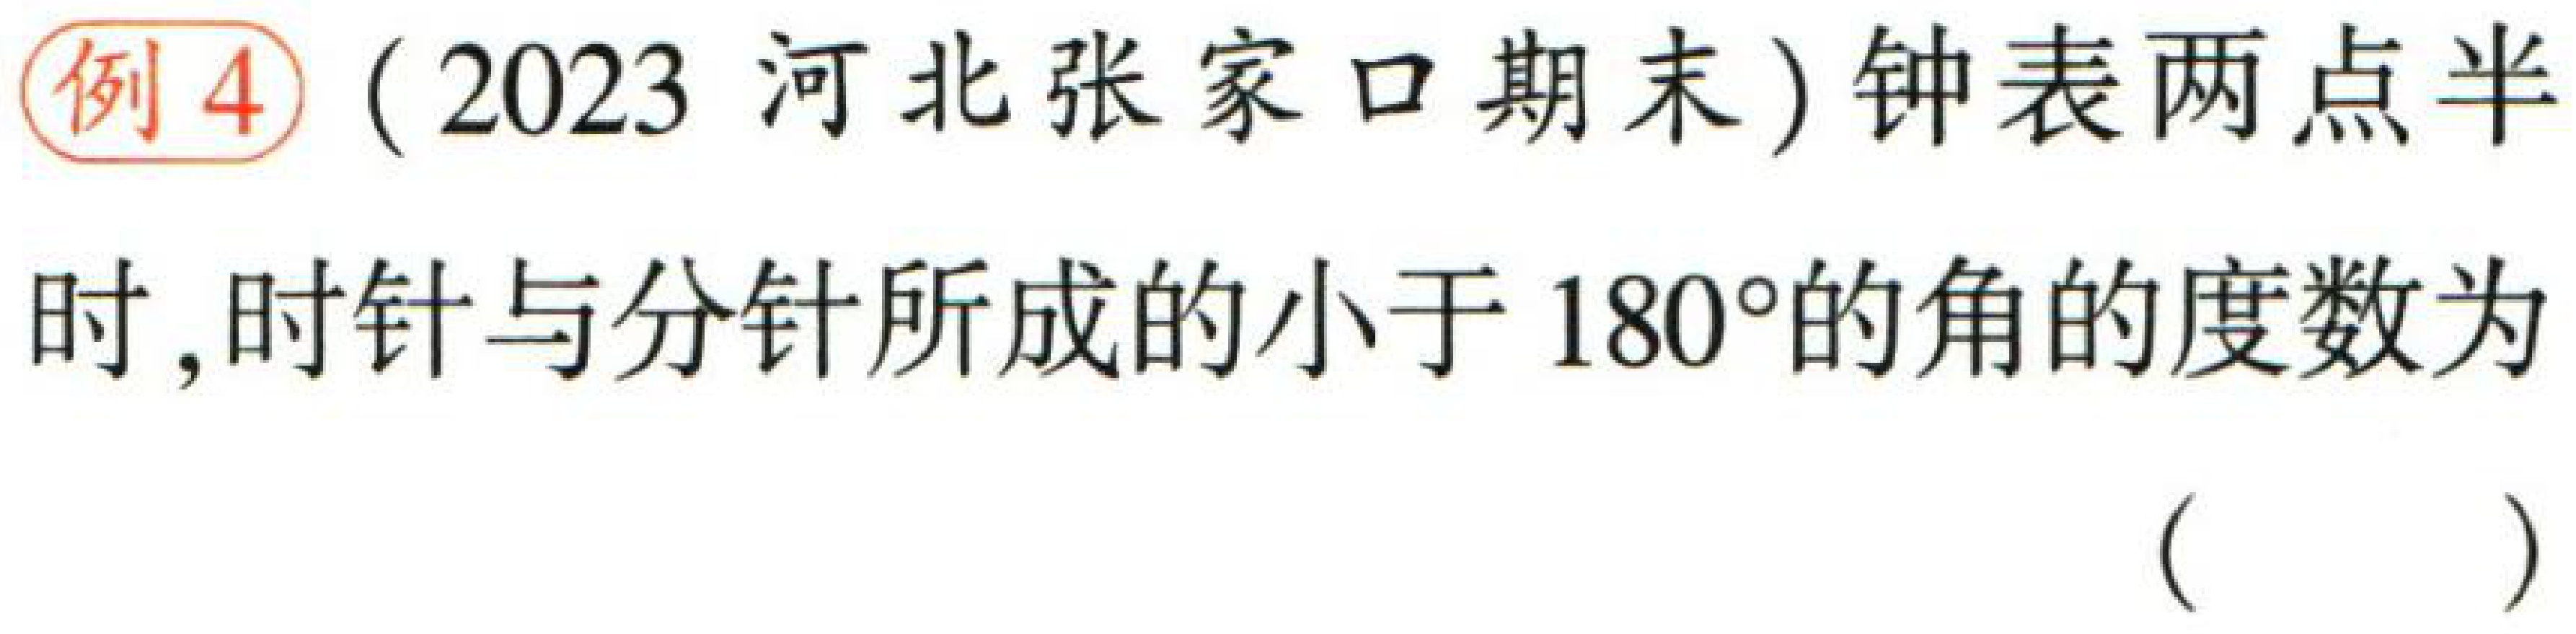
例4（2023 河北张家口期末）钟表两点半时, 时针与分针所成的小于 \(180^{\circ}\) 的角的度数为（  ）